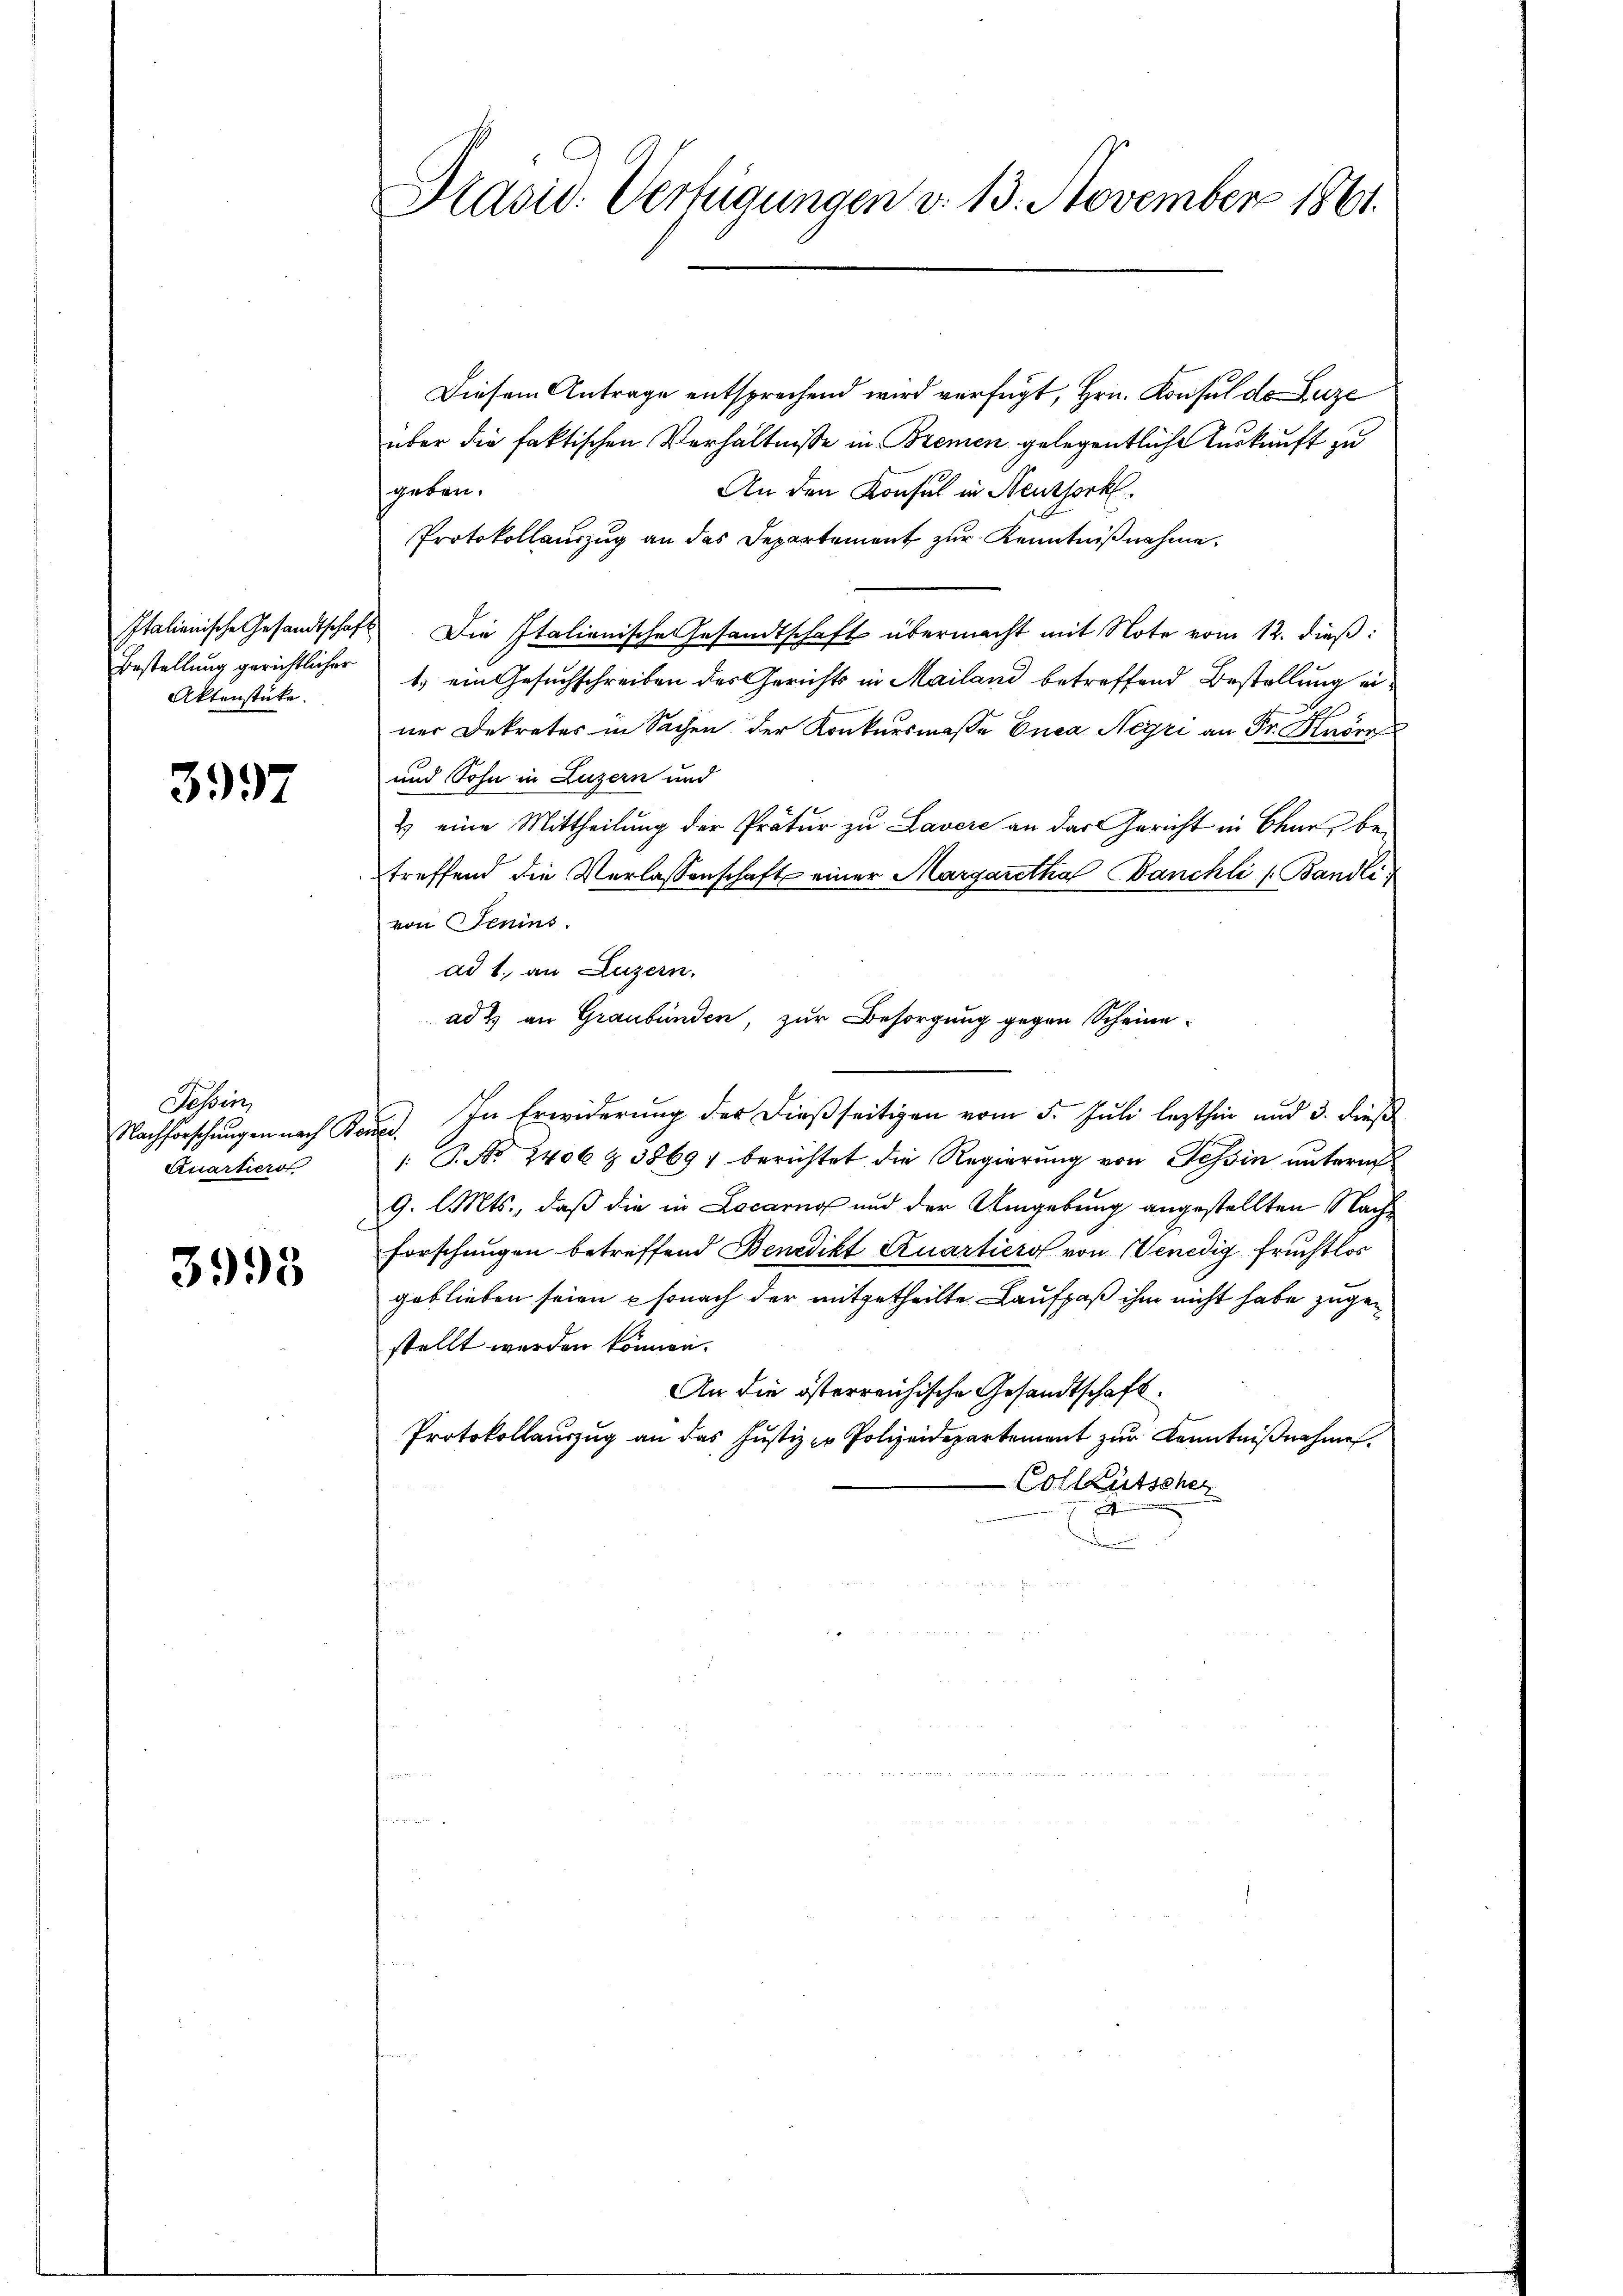
Bestellung gerichtlicher
Aktenstücke.

3997

Tessin,
Nachforschungen nach Bene
Quartierst

3995

Diesem Antrage entsprechend wird verfügt, Hrn. Konsul de Luze
über die faktischen Verhältnisse in Bremen gelegentliche Auskunft zu
An den Konsul in Neuthork
geben.
Protokollauszug an das Departement zur Kenntnißnahme.
Italienische Gesandtschaft. Die Italianische Gesandtschaft übermacht mit Note vom 12. dieß:
1.) ein Gesuchschreiben des Gerichts in Mailand betreffend Bestellung einer Dekretes in Sachen der Konkursmasse Enea Neyri an Fr. Ruder
und Sohn in Luzern und
2) eine Mittheilung der Prätur zu Lavere an der Gericht in Chur, betreffend die Verlassenschaft einer Margaretha Banchli ( Bändli
von Jenins
ad 1. an Luzern.
ad 2 an Graubünden, zur Besorgung gegen Scheine
In Erwiderung der dießseitigen vom 5. Juli lezthin und 3. dieß
: P. No 2406 & 38697 berichtet die Regierung von Tessin untern
9. l. Mts., daß die in Locarno und der Umgebung angestellten Nach¬
Forschungen betreffend Benedikt Quartiers von Venedig fruchtlos
geblieben seien u sonach der mitgetheilte Laufpaß ihm nicht habe zugestellt werden können.
An die österreichische Gesandtschaft
Protokollauszug an das Justiz- u Polizeidepartement zur Kenntnißnahmen.
Colleütscher

Präsid. Verfügungen v. 13. November 1861.